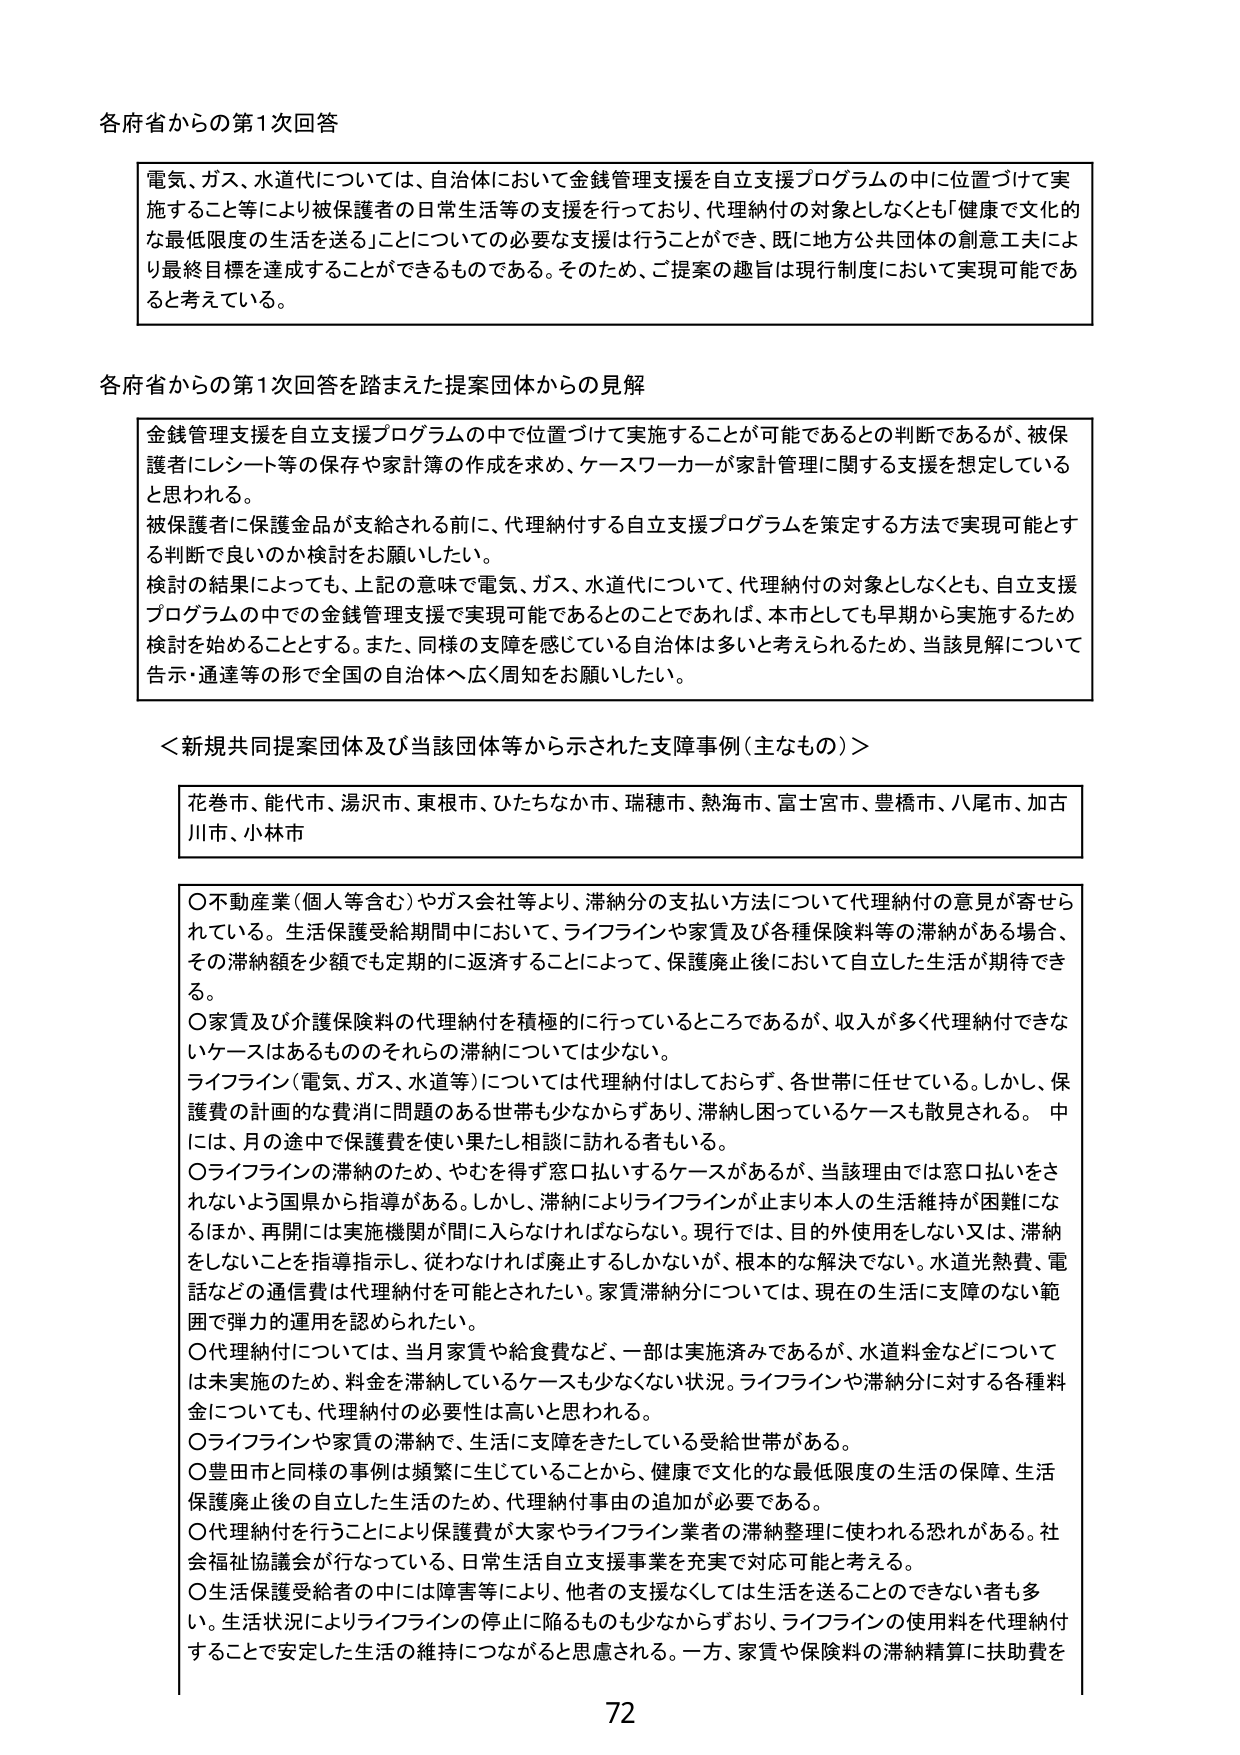
各府省からの第1次回答

電気、ガス、水道代については、自治体において金銭管理支援を自立支援プログラムの中に位置づけて実施すること等により被保護者の日常生活等の支援を行っており、代理納付の対象としなくとも「健康で文化的な最低限度の生活を送る」ことについての必要な支援は行うことができ、既に地方公共団体の創意工夫により最終目標を達成することができるものである。そのため、ご提案の趣旨は現行制度において実現可能であると考えている。

各府省からの第1次回答を踏まえた提案団体からの見解

金銭管理支援を自立支援プログラムの中で位置づけて実施することが可能であるとの判断であるが、被保護者にレシート等の保存や家計簿の作成を求め、ケースワーカーが家計管理に関する支援を想定していると思われる。
被保護者に保護金品が支給される前に、代理納付する自立支援プログラムを策定する方法で実現可能とする判断で良いのか検討をお願いしたい。
検討の結果によっても、上記の意味で電気、ガス、水道代について、代理納付の対象としなくとも、自立支援プログラムの中での金銭管理支援で実現可能であるとのことであれば、本市としても早期から実施するため検討を始めることとする。また、同様の支障を感じている自治体は多いと考えられるため、当該見解について告示・通達等の形で全国の自治体へ広く周知をお願いしたい。

＜新規共同提案団体及び当該団体等から示された支障事例（主なもの）＞

花巻市、能代市、湯沢市、東根市、ひたちなか市、瑞穂市、熱海市、富士宮市、豊橋市、八尾市、加古川市、小林市

〇不動産業（個人等含む）やガス会社等より、滞納分の支払い方法について代理納付の意見が寄せられている。生活保護受給期間中において、ライフラインや家賃及び各種保険料等の滞納がある場合、その滞納額を少額でも定期的に返済することによって、保護廃止後において自立した生活が期待できる。
〇家賃及び介護保険料の代理納付を積極的に行っているところであるが、収入が多く代理納付できないケースはあるもののそれらの滞納については少ない。
ライフライン（電気、ガス、水道等）については代理納付はしておらず、各世帯に任せている。しかし、保護費の計画的な費消に問題のある世帯も少なからずあり、滞納し困っているケースも散見される。中には、月の途中で保護費を使い果たし相談に訪れる者もいる。
〇ライフラインの滞納のため、やむを得ず窓口払いするケースがあるが、当該理由では窓口払いをされないよう国県から指導がある。しかし、滞納によりライフラインが止まり本人の生活維持が困難になるほか、再開には実施機関が関に入らなければならない。現行では、目的外使用をしない又は、滞納をしないことを指導指示し、従わなければ廃止するしかないが、根本的な解決でない。水道光熱費、電話などの通信費は代理納付を可能とされたい。家賃滞納分については、現在の生活に支障のない範囲で弾力的運用を認められたい。
〇代理納付については、当月家賃や給食費など、一部は実施済みであるが、水道料金などについては未実施のため、料金を滞納しているケースも少なくない状況。ライフラインや滞納分に対する各種料金についても、代理納付の必要性は高いと思われる。
〇ライフラインや家賃の滞納で、生活に支障をきたしている受給世帯がある。
〇豊田市と同様の事例は頻繁に生じていることから、健康で文化的な最低限度の生活の保障、生活保護廃止後の自立した生活のため、代理納付事由の追加が必要である。
〇代理納付を行うことにより保護費が大家やライフライン業者の滞納整理に使われる恐れがある。社会福祉協議会が行なって、日常生活自立支援事業を充実で対応可能と考える。
〇生活保護受給者の中には障害等により、他者の支援なくしては生活を送ることのできない者も多い。生活状況によりライフラインの停止に陥るのも少なからずおり、ライフラインの使用料を代理納付することで安定した生活の維持につながると思慮される。一方、家賃や保険料の滞納精算に扶助費を

72